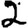
Digit: 2